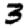
Digit: 3